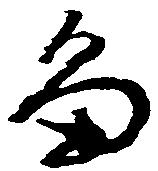
畠